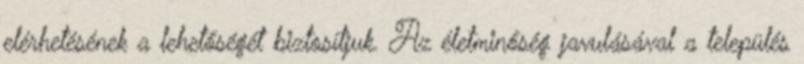
elérhetésének a lehetőségét biztosítjuk. Az életminőség javulásával a település